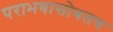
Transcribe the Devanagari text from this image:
पराभवासोबतच